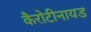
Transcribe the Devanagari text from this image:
कैरोटीनायड